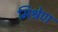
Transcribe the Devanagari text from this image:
मिश्रेण